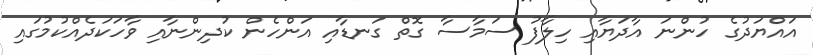
އައްޔަދުގެ ހުންނަ އާދަޔާއި ހިލާފު ސަމާސާ ގޮތް ގަނޑާއި އަންހެން ކުދިންނާއި ވާހަކަދެއްކުމުގައި